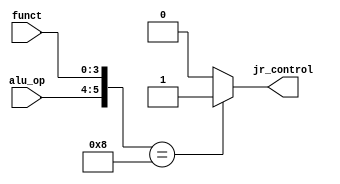
`timescale 1ps/1ps

module JrControlUnit(
    input [1:0] alu_op,
    input [3:0] funct,
    output jr_control
);
    assign jr_control = (({alu_op, funct} == 6'b001000) ? 1'b1 : 1'b0);
endmodule